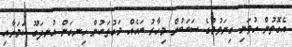
އެގޮތުން ހުވަނި ގިނަވުމުގެ ސަބަބުން މިހާރު ބައެއް މަގުތަކުން ހިނގަން އުނދަގޫ ކަމަށާއި